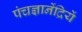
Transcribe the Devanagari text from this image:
पंचज्ञानेंद्रियें